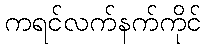
ကရင်လက်နက်ကိုင်